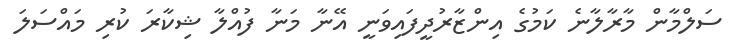
ސަލްމާން މާރާލާނެ ކަމުގެ އިންޒާރުދީފައިވަނީ އޭނާ މަނާ ފުއްލާ ޝިކާރަ ކުރި މައްސަލަ